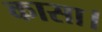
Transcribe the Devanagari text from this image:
कासा।